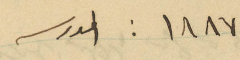
١٨٨٧ : المدرسه